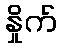
နှိုက်